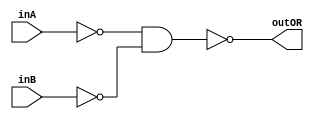
/* CSED273 lab1 experiment 2_ii */
/* lab1_2_ii.v */


/* Implement OR with {AND, NOT}
 * You are only allowed to wire modules together */
module lab1_2_ii(outOR, inA, inB);
    output wire outOR;
    input wire inA, inB;

    ////////////////////////
    wire C, nA, nB;
    
    not(nA, inA);
    not(nB, inB);
    and(C, nA, nB);
    not(outOR, C);
    ////////////////////////

endmodule